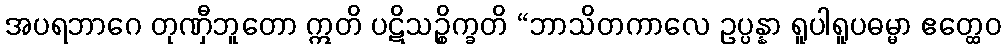
အပရဘာဂေ တုဏှီဘူတော ဣတိ ပဋိသဉ္စိက္ခတိ “ဘာသိတကာလေ ဥပ္ပန္နာ ရူပါရူပဓမ္မာ ဧတ္ထေဝ